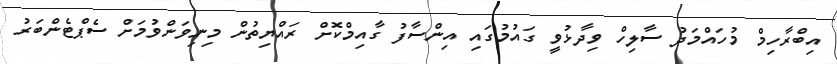
އިބްރާހިމް މުހައްމަދު ސާލިހް ވިދާޅުވީ ގައުމުގައި އިންސާފު ގާއިމްކޮށް ރައްޔިތުން މިނިވަންވުމަށް ސެޕްޓެންބަރު